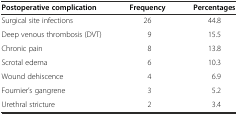
<table><thead><tr><td><b>Postoperative complication</b></td><td><b>Frequency</b></td><td><b>Percentages</b></td></tr></thead><tbody><tr><td>Surgical site infections</td><td>26</td><td>44.8</td></tr><tr><td>Deep venous thrombosis (DVT)</td><td>9</td><td>15.5</td></tr><tr><td>Chronic pain</td><td>8</td><td>13.8</td></tr><tr><td>Scrotal edema</td><td>6</td><td>10.3</td></tr><tr><td>Wound dehiscence</td><td>4</td><td>6.9</td></tr><tr><td>Fournier’s gangrene</td><td>3</td><td>5.2</td></tr><tr><td>Urethral stricture</td><td>2</td><td>3.4</td></tr></tbody></table>